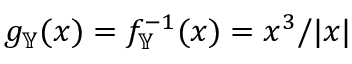
g _ { \mathbb { Y } } ( x ) = f _ { \mathbb { Y } } ^ { - 1 } ( x ) = x ^ { 3 } / | x |